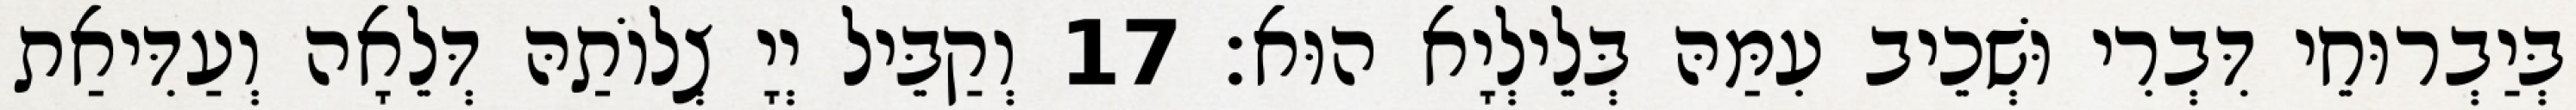
בְּיַבְרוּחֵי דִּבְרִי וּשְׁכֵיב עִמַּהּ בְּלֵילְיָא הוּא׃ 17 וְקַבֵּיל יְיָ צְלוֹתַהּ דְּלֵאָה וְעַדִּיאַת